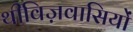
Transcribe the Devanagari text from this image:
थीविज़वासियों